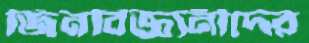
জিনবিজ্ঞানীদের